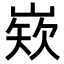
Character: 𡺏